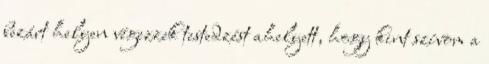
bezárt helyen végezzek testedzést ahelyett, hogy kint szívom a